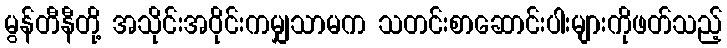
မွန်တီနီတို့ အသိုင်းအဝိုင်းကမျှသာမက သတင်းစာဆောင်းပါးများကိုဖတ်သည့်